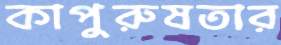
কাপুরুষতার